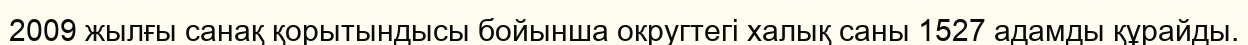
2009 жылғы санақ қорытындысы бойынша округтегі халық саны 1527 адамды құрайды.